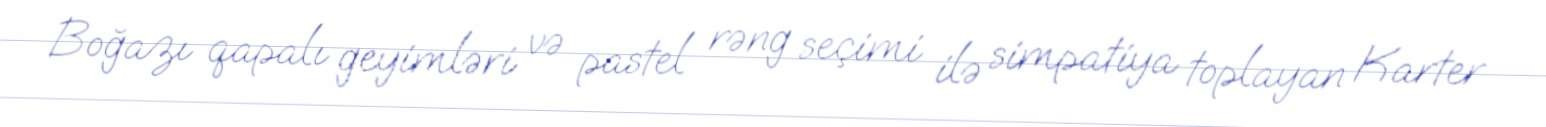
Boğazı qapalı geyimləri və pastel rəng seçimi ilə simpatiya toplayan Karter